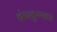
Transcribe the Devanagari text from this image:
बंगळुरुमध्ये